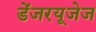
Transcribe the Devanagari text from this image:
डेंजरयूजेज